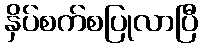
နှိပ်စက်စပြုလာပြီ